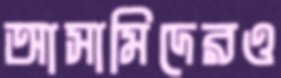
আসামিদেরও